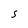
Character: S